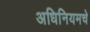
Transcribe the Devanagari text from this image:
अधिनियमचे